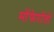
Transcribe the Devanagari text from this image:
मोंफेर्रातो